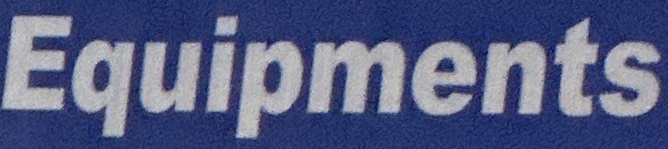
Equipments